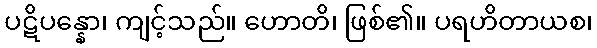
ပဋိပန္နော၊ ကျင့်သည်။ ဟောတိ၊ ဖြစ်၏။ ပရဟိတာယစ၊